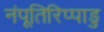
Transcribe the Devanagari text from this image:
नंपूतिरिप्पाडु